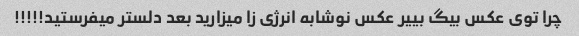
چرا توی عکس بیگ بییر عکس نوشابه انرژی زا میزارید بعد دلستر میفرستید!!!!!